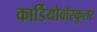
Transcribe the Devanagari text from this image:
कार्डियोवॉस्कुलर